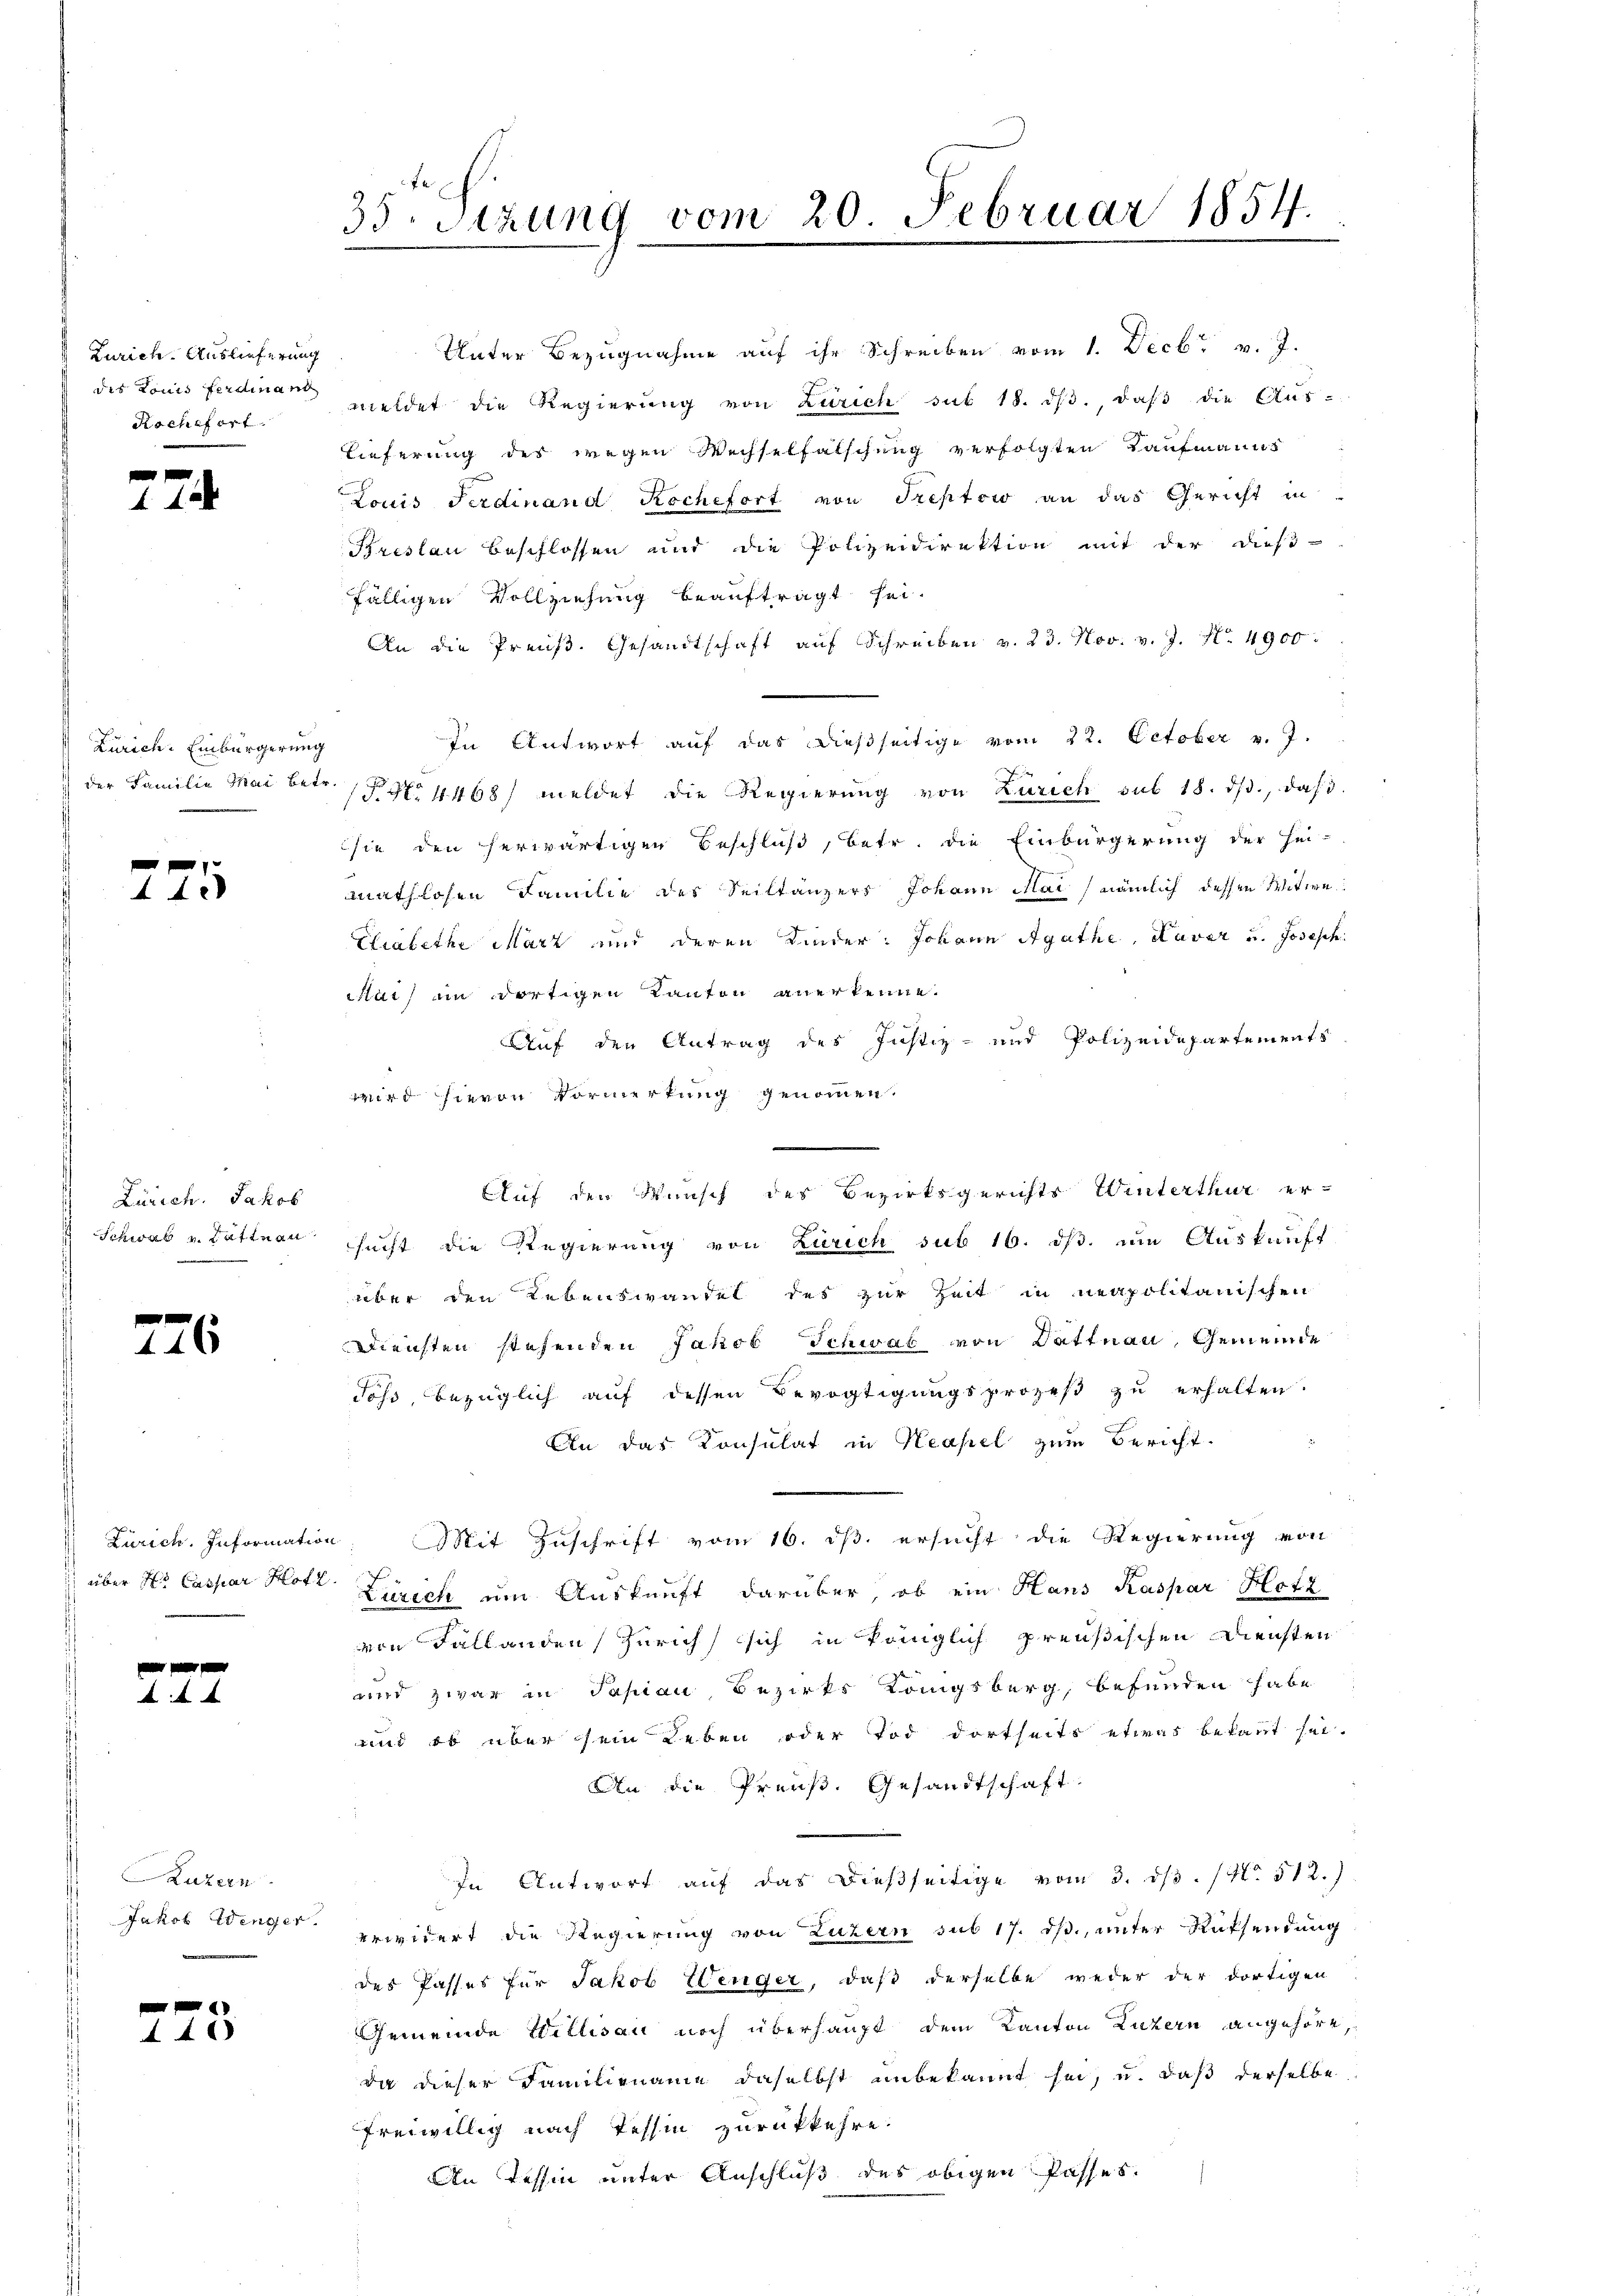
Zürich. Auslieferung
Kochefort.

41

Zürich. Einbürgerung

775

Zürich. Jakob
Schwab v. Bättnau

440

Luzern

4 40

35. Sizung vom 20. Februar 1854.

Unter Bezugnahme auf ihr Schreiben vom 1. Decbr. v. J.
des Louis Ferdinar meldet die Regierŭng von Zürich sub 18. dβ., daβ die Aus-
Lieferung des wegen Wechselfälschung verfolgten Kaufmanns
Louis Ferdinand Kochefort von Treptow an das Gericht in
Breslau beschlossen und die Polizeidirektion mit der dieß-
fälligen Vollziehung beauftragt sei.
An die Preŭβ. Gesandtschaft aŭf Schreiben v. 23. Nov. v. J. N. 4900.
In Antwort aŭf das dießseitige vom 22. October v. 7.
der Familie Mai betr. § 37. 4468/ meldet die Regierung von Zürich sub 18. ds., das
sie den herwärtigen Beschluß, betr. die Einbürgerung der Hei-
mathlosen Familie des Seiltänzers Johann Mai (nämlich dessen Witwe
Elialethe März und deren Kinder: Johann Agathe Taver und Josesch
ai) im dortigen Kanton anerkenne.
Auf den Antrag des Justiz- und Polizeidepartements
wird hieren Vormerkung genommen.
sucht die Regierung von Zürich sub 16. ds. um Auskauft
über den Lebenswandel des zur Zeit in neapolitanischen
Diensten stehenden Jakob Schweiz von Dättnau, Gemeinde
doß, bezüglich auf dessen Bevogtigungsprozeß zu erhalten.
An das Konsulat in Neapel zum Bericht.
Zürich. Information: Mit Zuschrift vom 16. ds. ersucht die Regierung von
über Hr. Caspar Hott. Zürich um Auskunft darüber, ob ein Hans Kaspar Hotz
von Fällanden Zürich sich in Königlich preußischen Diensten
und zwar in Pasian Bezirks Königsberg, befunden habe
und ob über sein Leben oder Tod dortseits etwas bekannt sei.
An die Preuß. Gesandtschaft.
In Antwort auf das dießseitige vom 3. dβ. / 512.)
Jakob Wenger gewidert die Regierung von Luzern sub 17. ds., unter Rücksendung
des Passes für Jakob Wenger, daß derselbe weder der dortigen
Gemeinde Willisau noch überhaupt dem Kanton Luzern angehöre,
da dieser Familienaue daselbst unbekannt sei, u. daß derselbe
freiwillig nach Tessin zurückkehre.
An Tessin unter Anschluß des obigen Passes.

Auf den Wunsch des Bezirksgerichts Winterthur er-